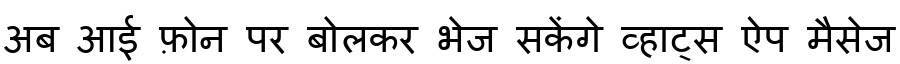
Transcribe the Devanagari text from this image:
अब आई फ़ोन पर बोलकर भेज सकेंगे व्हाट्स ऐप मैसेज